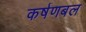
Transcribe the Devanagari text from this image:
कर्षणबल